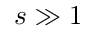
s \gg 1